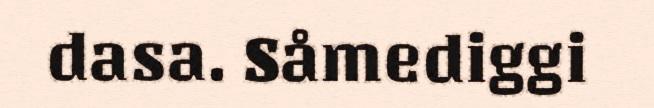
dasa. Såmediggi